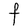
Character: F